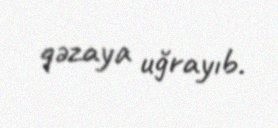
qəzaya uğrayıb.